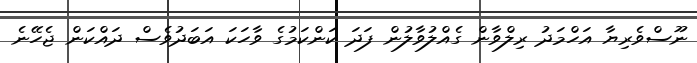
ނޫސްވެރިޔާ އަހްމަދު ރިލްވާން ގެއްލުވާލުން ފަދަ ކަންކަމުގެ ވާހަކަ އަބަދުވެސް ދައްކަން ޖެހޭނެ